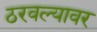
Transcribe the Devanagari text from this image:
ठरवल्यावर